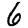
Digit: 6